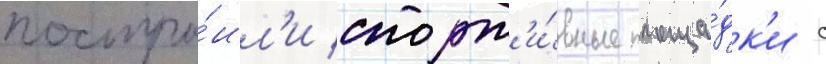
постро́ил'и спорт'и́вные площа́дк'и с